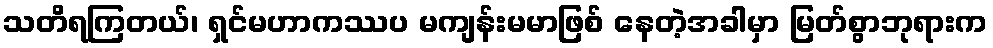
သတိရကြတယ်၊ ရှင်မဟာကဿပ မကျန်းမမာဖြစ် နေတဲ့အခါမှာ မြတ်စွာဘုရားက